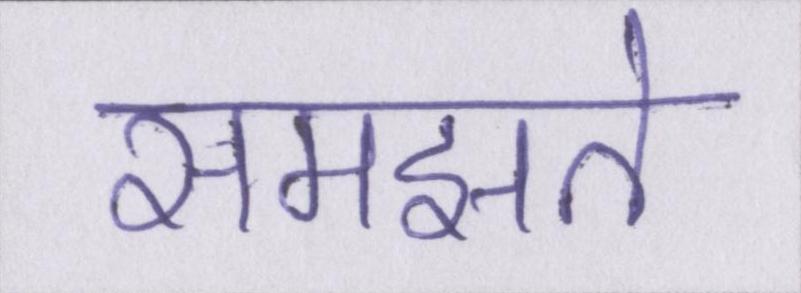
समझते